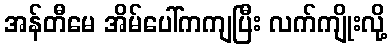
အန်တီမေ အိမ်ပေါ်ကကျပြီး လက်ကျိုးလို့